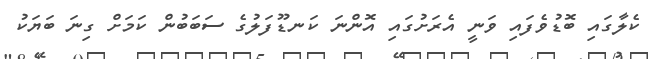
ކެެލާގައި ބޮޑުވެފައި ވަނީ އެެރަށުގައި އޮންނަ ކަނޑޫފަލުގެެ ސަބަބުން ކަމަށް ގިނަ ބަޔަކު